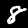
Label: 8